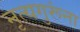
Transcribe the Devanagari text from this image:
नृत्यगुरूंना